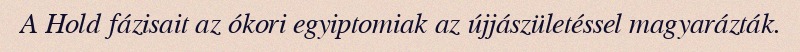
A Hold fázisait az ókori egyiptomiak az újjászületéssel magyarázták.